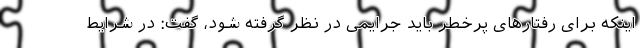
اینکه برای رفتارهای پرخطر باید جرایمی در نظر گرفته شود، گفت: در شرایط